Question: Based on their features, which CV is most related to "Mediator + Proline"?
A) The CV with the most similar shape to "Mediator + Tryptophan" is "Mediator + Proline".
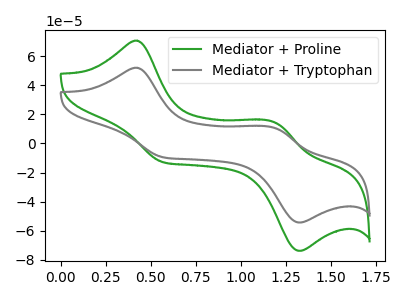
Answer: <think>The green curve "Mediator + Proline" has anodic peaks at (0.40V, 70.80uA) (1.20V, 14.45uA) and cathodic peaks at (0.55V, -12.80uA) (1.30V, -73.90uA). The gray curve "Mediator + Tryptophan" has anodic peaks at (0.40V, 52.15uA) (1.20V, 10.65uA) and cathodic peaks at (0.55V, -9.45uA) (1.30V, -54.40uA).
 All the peaks in "Mediator + Proline" have a peak in "Mediator + Tryptophan" at the same potential. Every peak in "Mediator + Proline" is higher than every peak in "Mediator + Tryptophan".</think>
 <answer>A) The CV with the most similar shape to "Mediator + Tryptophan" is "Mediator + Proline".</answer>
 <eval>A</eval>